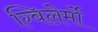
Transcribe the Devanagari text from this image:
ग्विलेर्मो